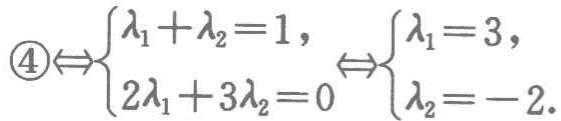
\(\textcircled{4}\Leftrightarrow\begin{cases}\lambda_1 + \lambda_2 = 1,\\2\lambda_1 + 3\lambda_2 = 0\end{cases}\Leftrightarrow\begin{cases}\lambda_1 = 3,\\\lambda_2 = - 2.\end{cases}\)